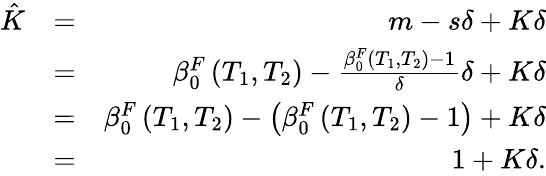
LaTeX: \begin{array}{rlr}{\hat{K}}&{=}&{m-s\delta+K\delta}\\ &{=}&{\beta_{0}^{F}\left(T_{1},T_{2}\right)-\frac{\beta_{0}^{F}\left(T_{1},T_{2}\right)-1}{\delta}\delta+K\delta}\\ &{=}&{\beta_{0}^{F}\left(T_{1},T_{2}\right)-\left(\beta_{0}^{F}\left(T_{1},T_{2}\right)-1\right)+K\delta}\\ &{=}&{1+K\delta.}\end{array}